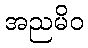
အညမိဝ